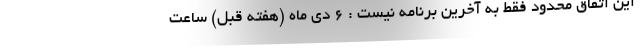
این اتفاق محدود فقط به آخرین برنامه نیست : 6 دی ماه (هفته قبل) ساعت